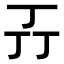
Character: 𬻄